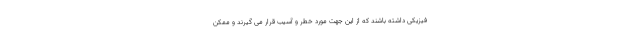
فیزیکی داشته باشند که از این جهت مورد خطر و آسیب قرار می گیرند و ممکن